65_HS1-834228961_62-HQ-83894_Section_10
Agency: FBI
Page 72
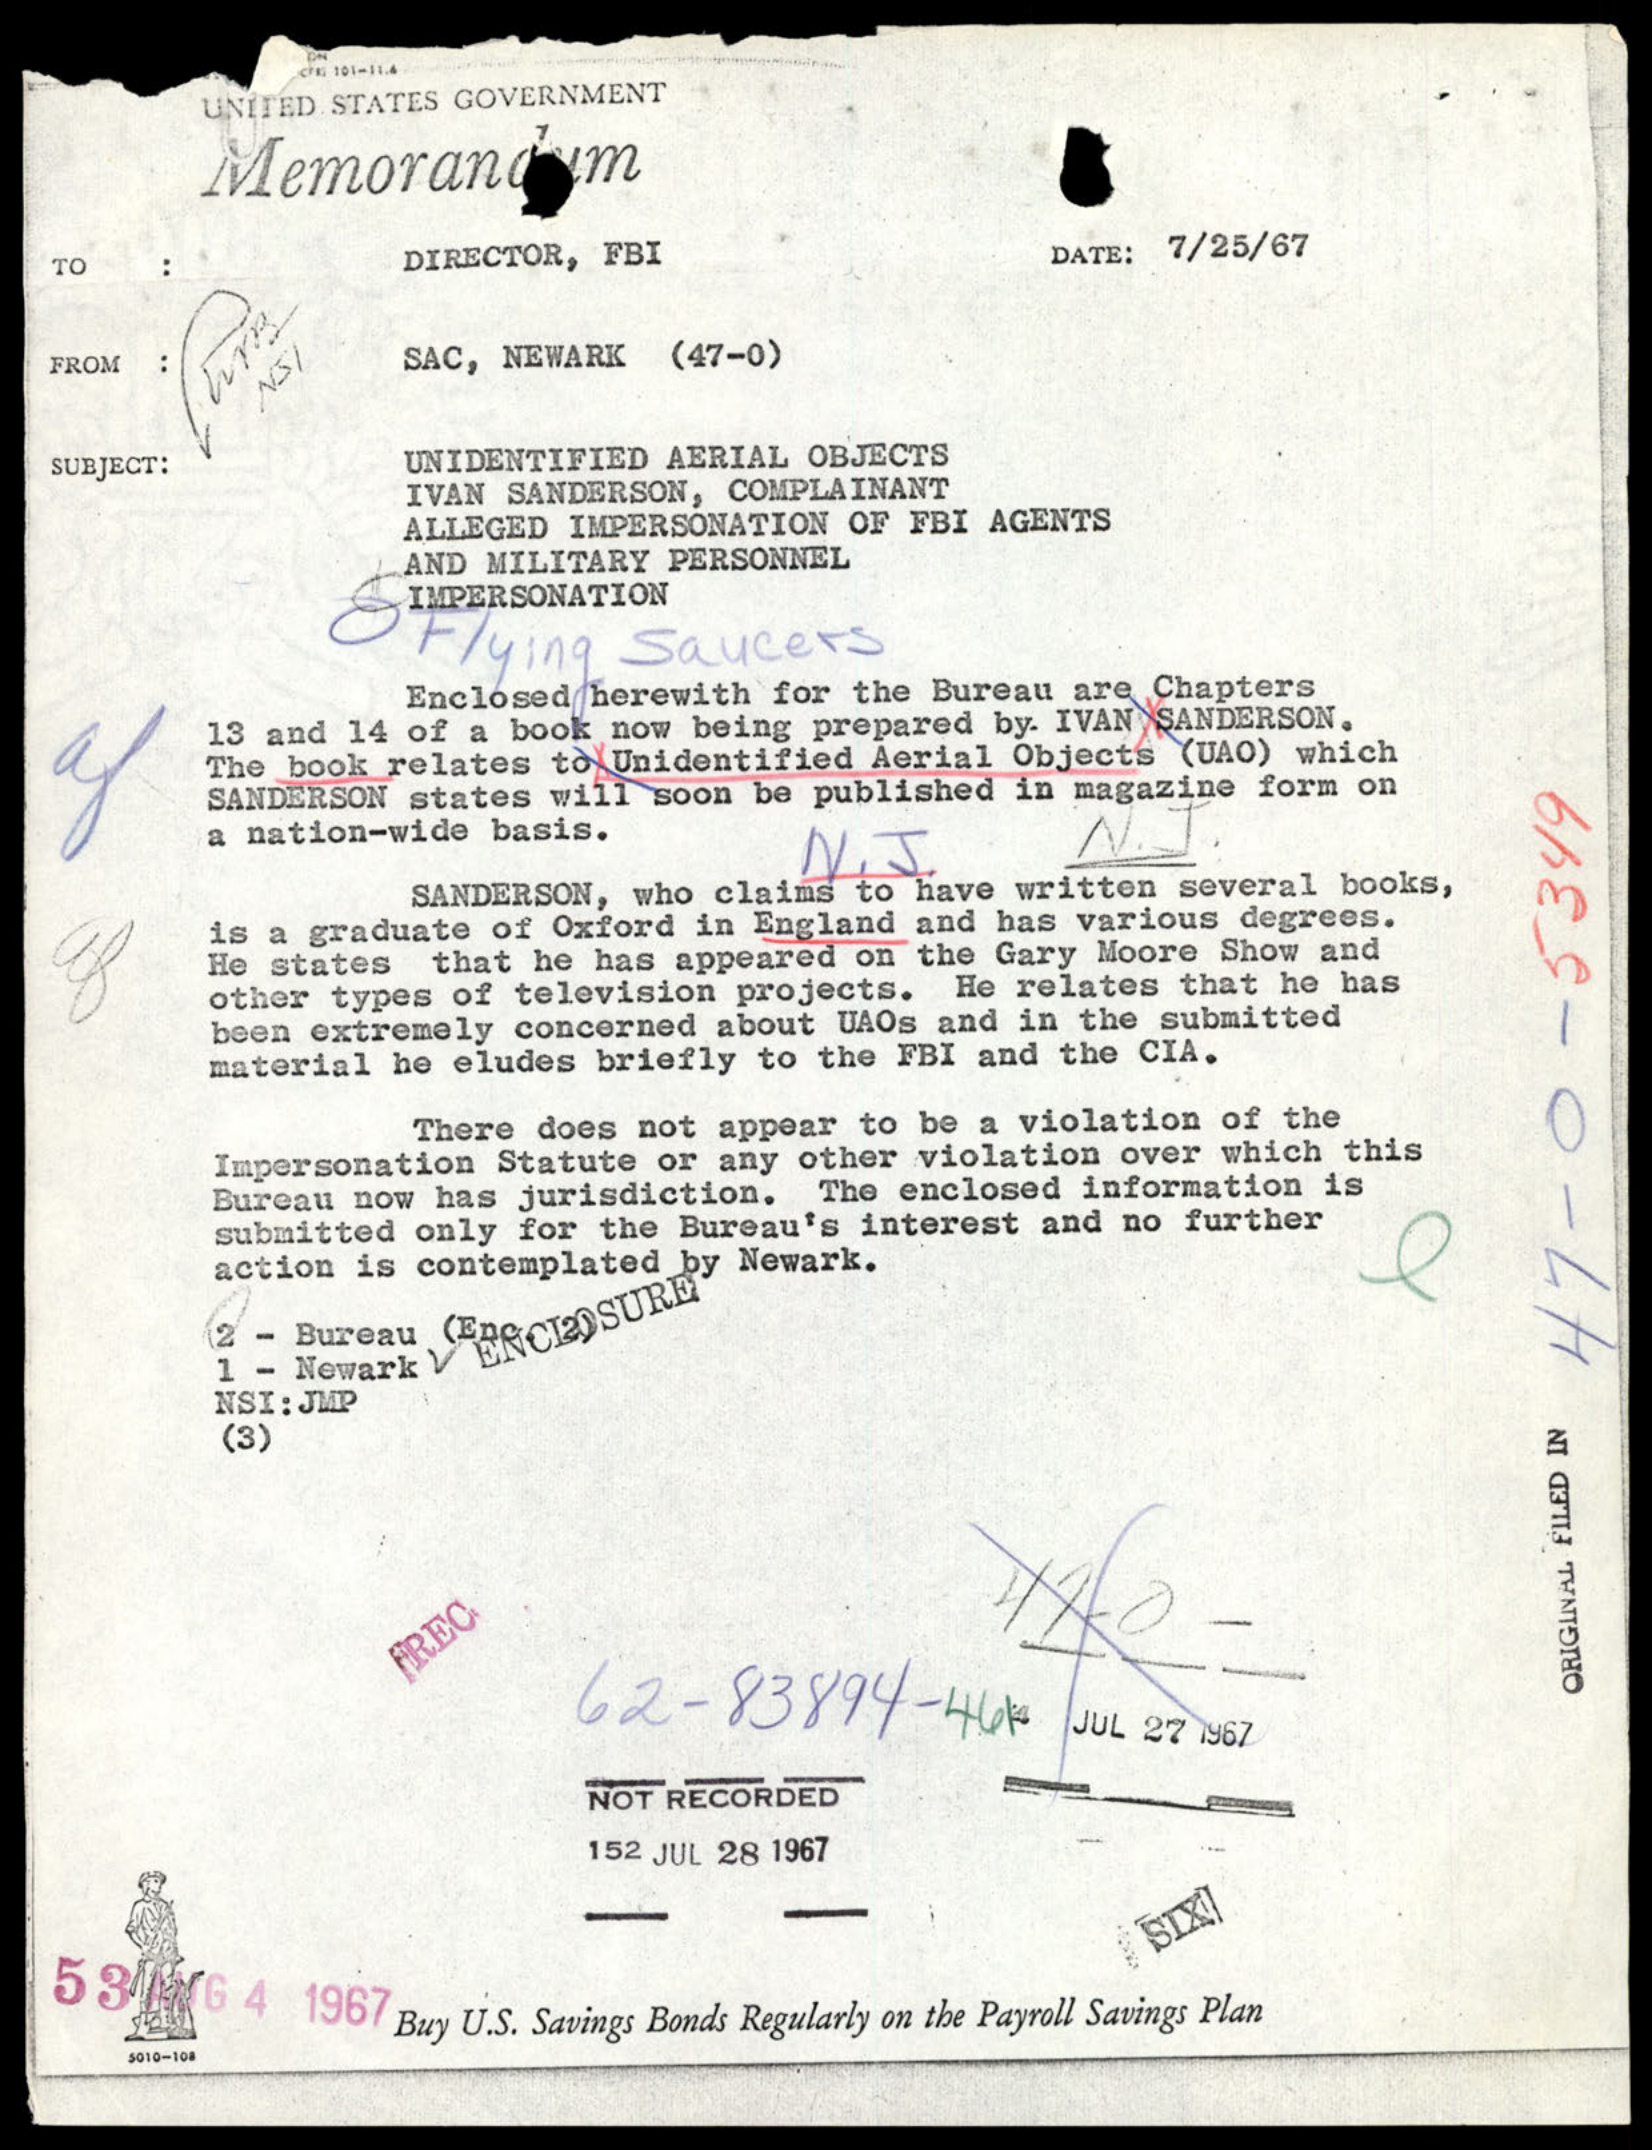